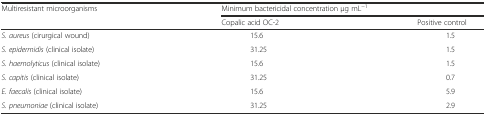
<table><thead><tr><td rowspan="2"><b>Multiresistant microorganisms</b></td><td colspan="2"><b>Minimum bactericidal concentration μg mL<sup>−1</sup></b></td></tr><tr><td><b>Copalic acid OC-2</b></td><td><b>Positive control</b></td></tr></thead><tbody><tr><td><i>S. aureus</i> (cirurgical wound)</td><td>15.6</td><td>1.5</td></tr><tr><td><i>S. epidermidis</i> (clinical isolate)</td><td>31.25</td><td>1.5</td></tr><tr><td><i>S. haemolyticus</i> (clinical isolate)</td><td>15.6</td><td>1.5</td></tr><tr><td><i>S. capitis</i> (clinical isolate)</td><td>31.25</td><td>0.7</td></tr><tr><td><i>E. faecalis</i> (clinical isolate)</td><td>15.6</td><td>5.9</td></tr><tr><td><i>S. pneumoniae</i> (clinical isolate)</td><td>31.25</td><td>2.9</td></tr></tbody></table>